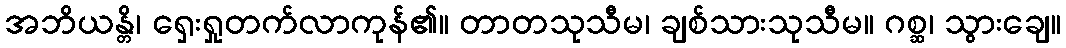
အဘိယန္တိ၊ ရှေးရှုတက်လာကုန်၏။ တာတသုသီမ၊ ချစ်သားသုသီမ။ ဂစ္ဆ၊ သွားချေ။